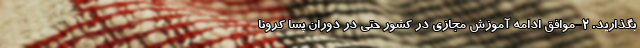
بگذارید. 2-موافق ادامه آموزش مجازی در کشور حتی در دوران پسا کرونا